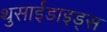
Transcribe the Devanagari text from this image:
थुसाईडाइड्स